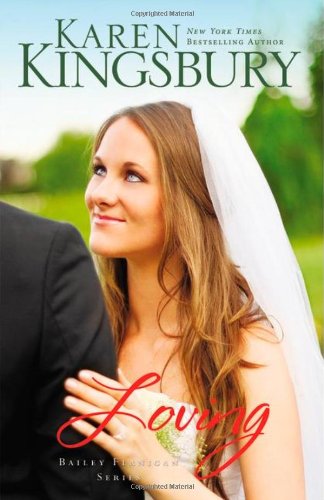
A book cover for Loving (Bailey Flanigan Series); Karen Kingsbury; Romance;